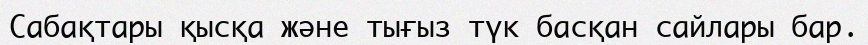
Сабақтары қысқа және тығыз түк басқан сайлары бар.